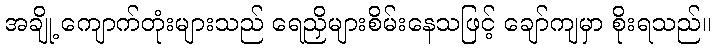
အချို့ ကျောက်တုံးများသည် ရေညှိများစိမ်းနေသဖြင့် ချော်ကျမှာ စိုးရသည်။